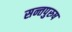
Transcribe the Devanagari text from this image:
सन्तपुरुष